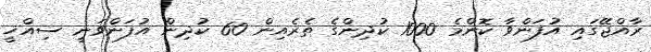
ރާއްޖޭގައި އުފަންވާ ކޮންމެ 1000 ކުދިންގެ ތެރެއިން 60 ކުދިން އުފަންވަނީ ސިއްޚީ